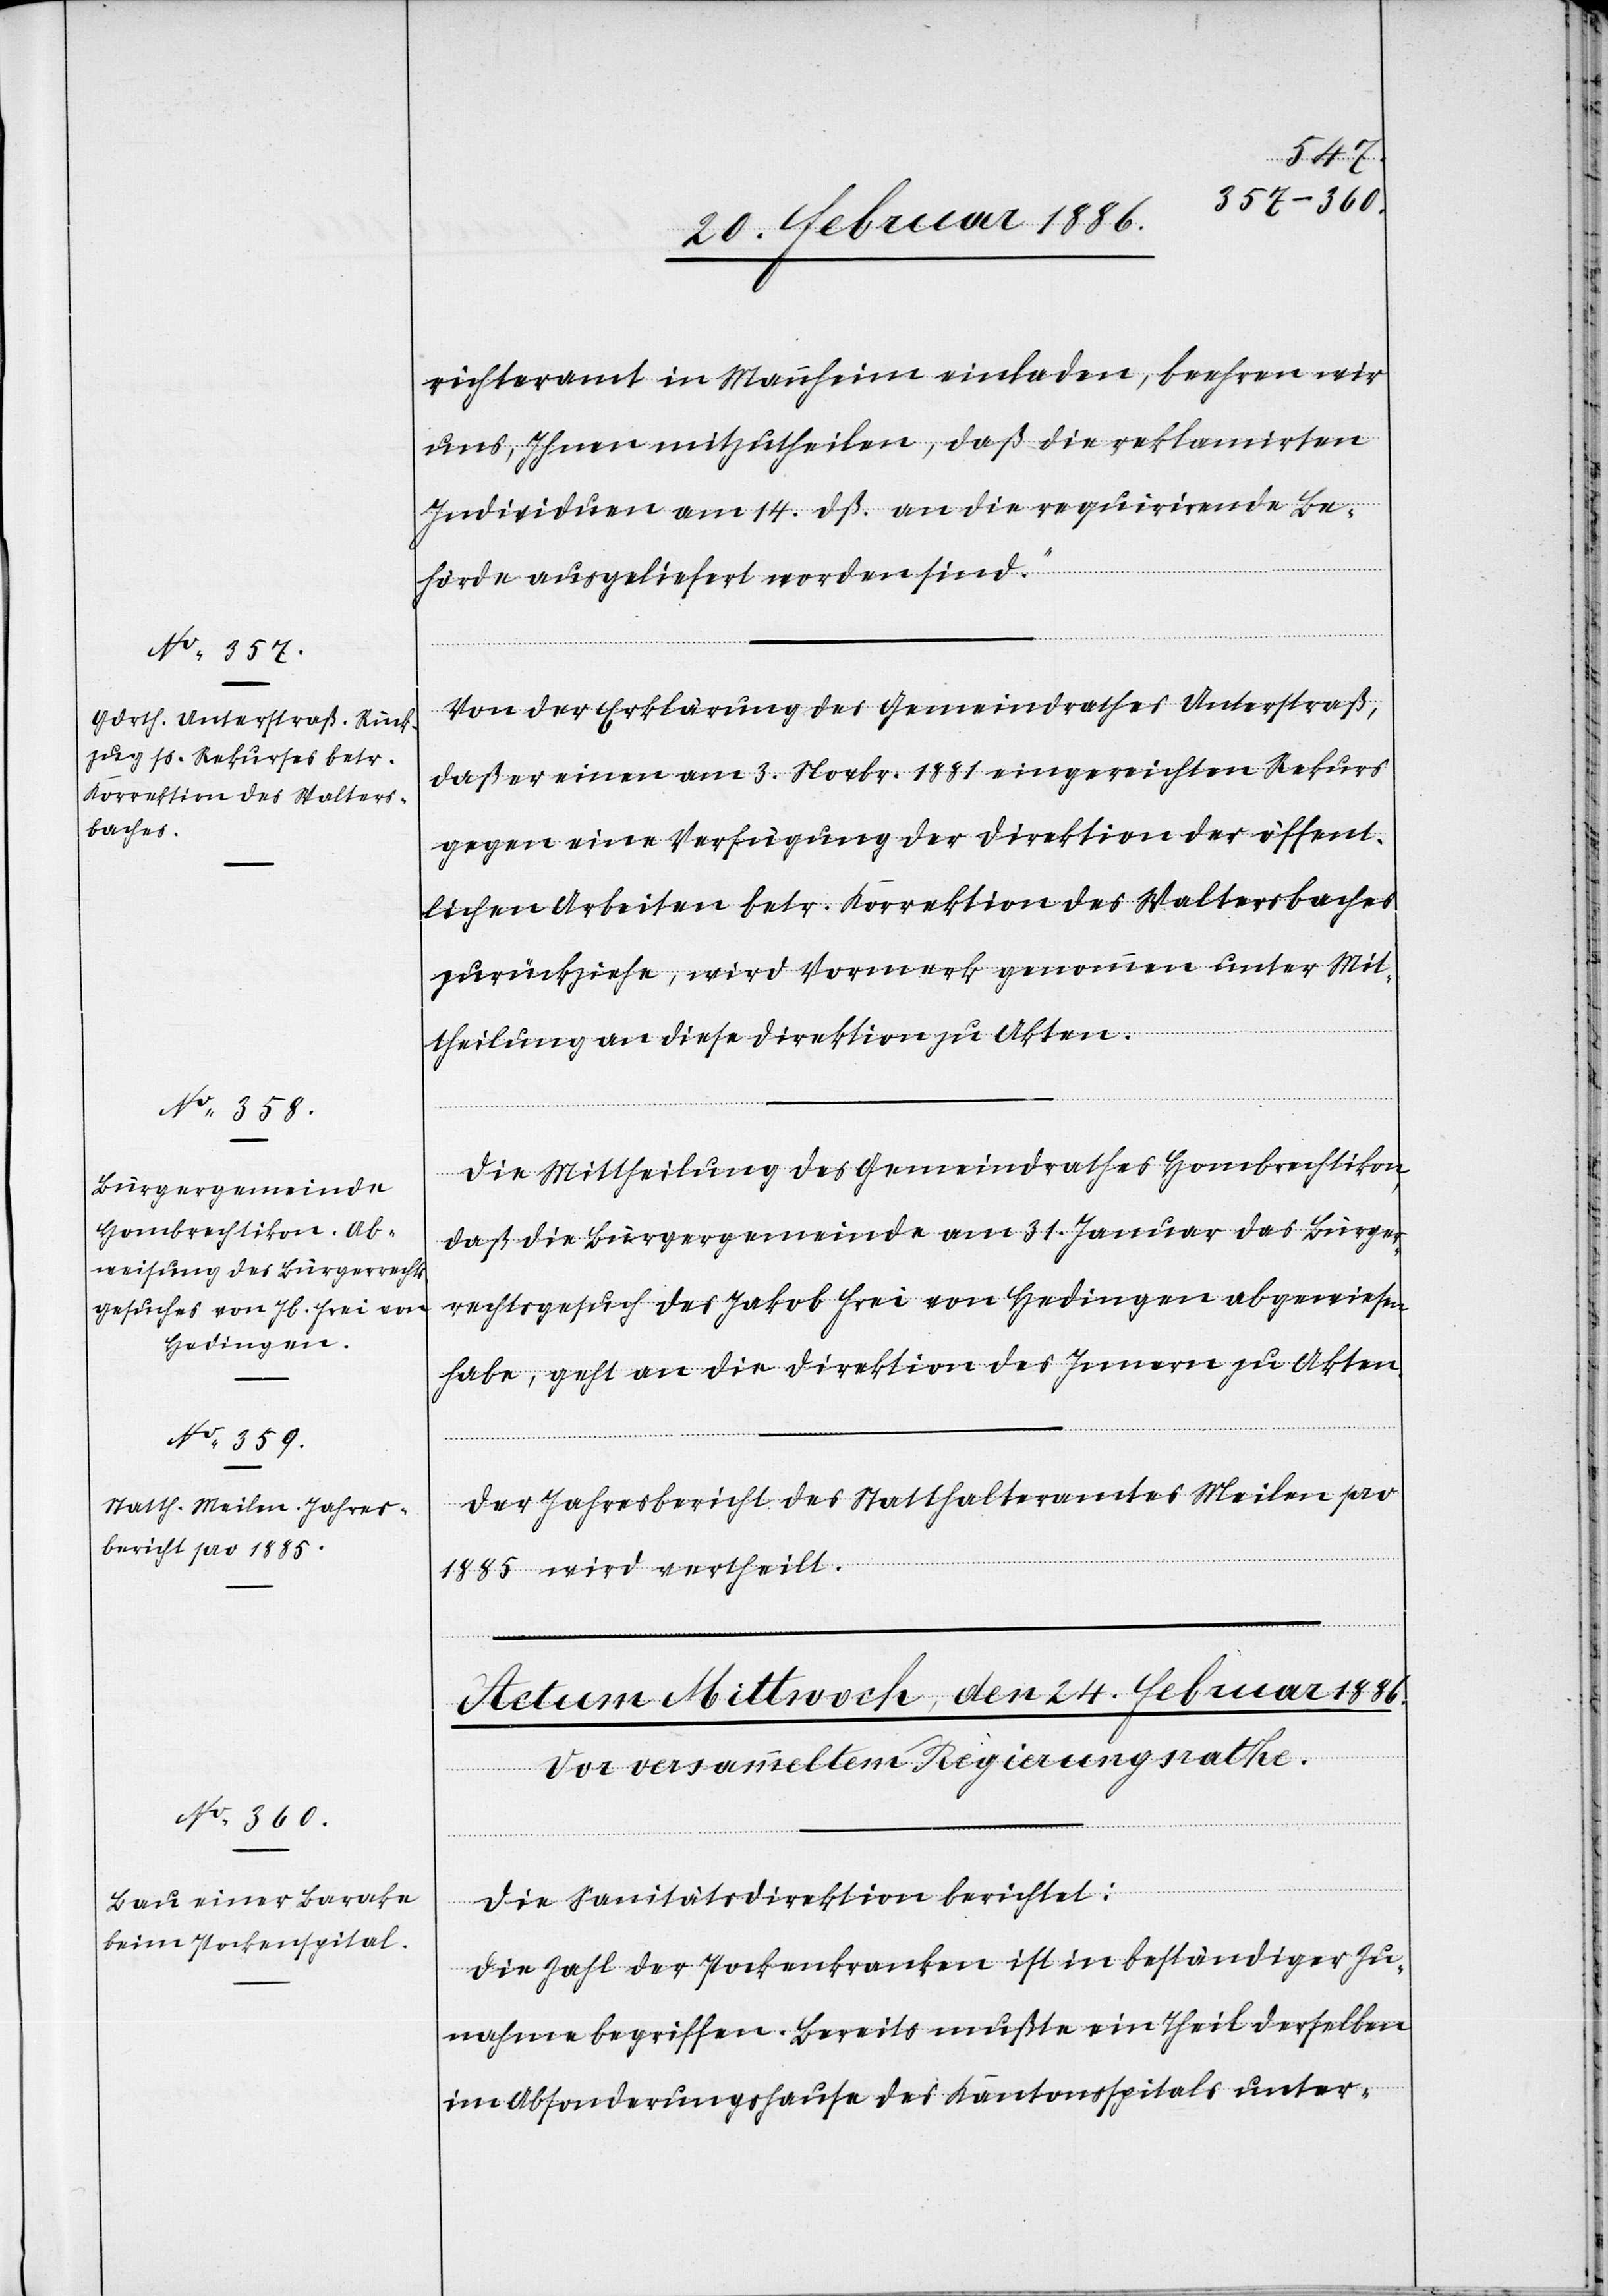
22. Februar 1886.]
richteramt in Mannheim einladen, beehren wir
uns, Ihnen mitzutheilen, daß die reklamirten
Individuen am 14. dß. an die requirirende Be¬
hörde ausgeliefert worden sind.“
Von der Erklärung des Gemeindrathes Unterstraß,
daß er einen am 3. Novbr. 1881 eingereichten Rekurs
gegen eine Verfügung der Direktion der öffent¬
lichen Arbeiten betr. Korrektion des Waltersbaches
zurückziehe, wird Vormerk genommen unter Mit¬
theilung an diese Direktion zu Akten.
Die Mittheilung des Gemeindrathes Hombrechtikon,
daß die Bürgergemeinde am 31. Januar das Bürger¬
rechtsgesuch des Jakob Frei von Hedingen abgewiesen
habe, geht an die Direktion des Innern zu Akten.
Der Jahresbericht des Statthalteramtes Meilen pro
1885 wird vertheilt.
Die Sanitätsdirektion berichtet:
Die Zahl der Pockenkranken ist in beständiger Zu¬
nahme begriffen. Bereits mußten ein Theil derselben
im Absonderungshause des Kantonsspitals unter-